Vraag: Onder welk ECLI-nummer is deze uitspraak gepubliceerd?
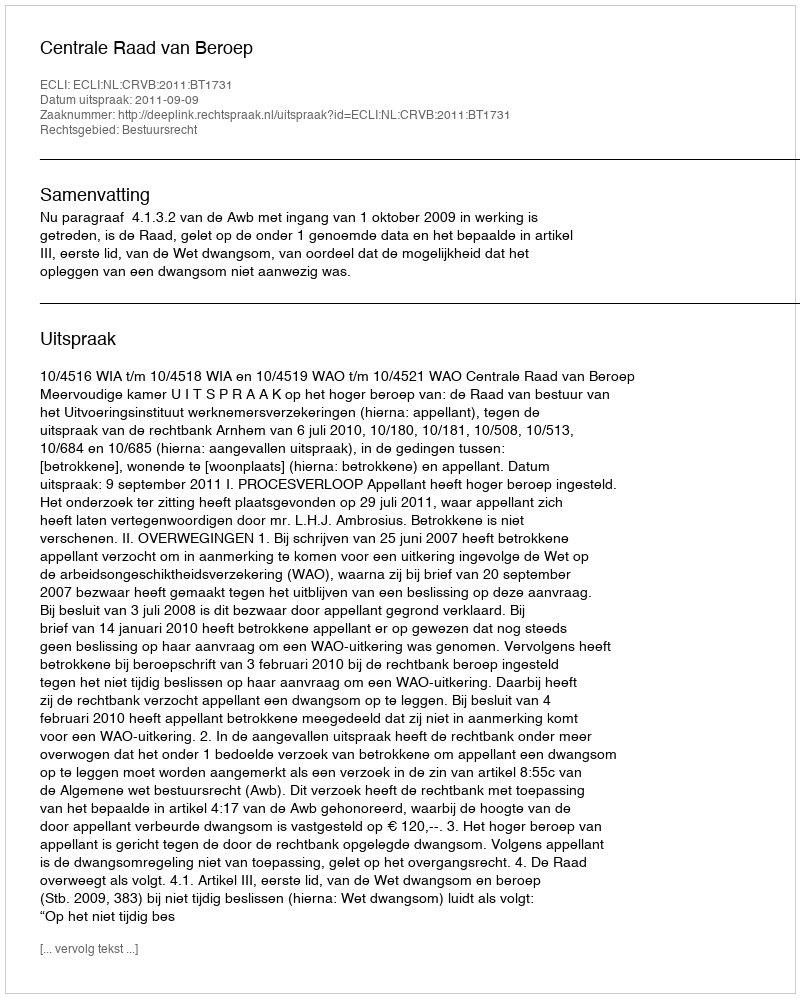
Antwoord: ECLI:NL:CRVB:2011:BT1731